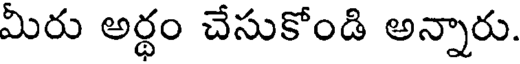
మీరు అర్థం చేసుకోండి అన్నారు.